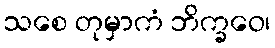
သစေ တုမှာကံ ဘိက္ခဝေ၊